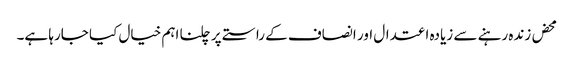
محض زندہ رہنے سے زیادہ اعتدال اور انصاف کے راستے پر چلنا اہم خیال کیا جارہا ہے۔